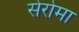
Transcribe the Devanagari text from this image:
सेरोमा